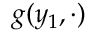
g ( y _ { 1 } , \cdot )